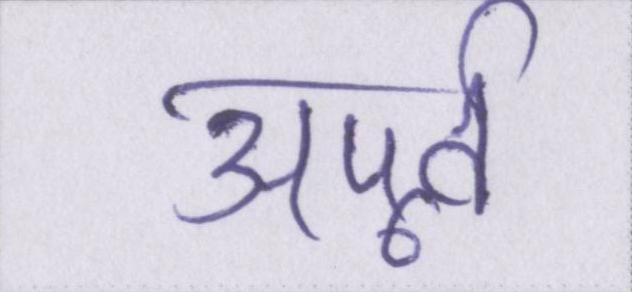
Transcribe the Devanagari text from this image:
अपूर्व